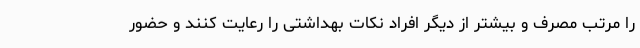
را مرتب مصرف و بیشتر از دیگر افراد نکات بهداشتی را رعایت کنند و حضور